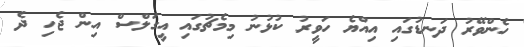
ހެންވޭރު ދަނޑުގައި އިއްޔެ ހަވީރު ކުޅުނު މިމެޗުގައި އީގަލްސް އިން ޖެހި ދެ